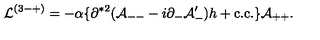
{ \cal L } ^ { ( 3 - + ) } = - \alpha \{ \partial ^ { * 2 } ( { \cal A } _ { -- } - i \partial _ { - } { \cal A } _ { - } ^ { \prime } ) h + \mathrm { c . c . } \} { \cal A } _ { + + } .